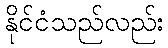
နိုင်ငံသည်လည်း